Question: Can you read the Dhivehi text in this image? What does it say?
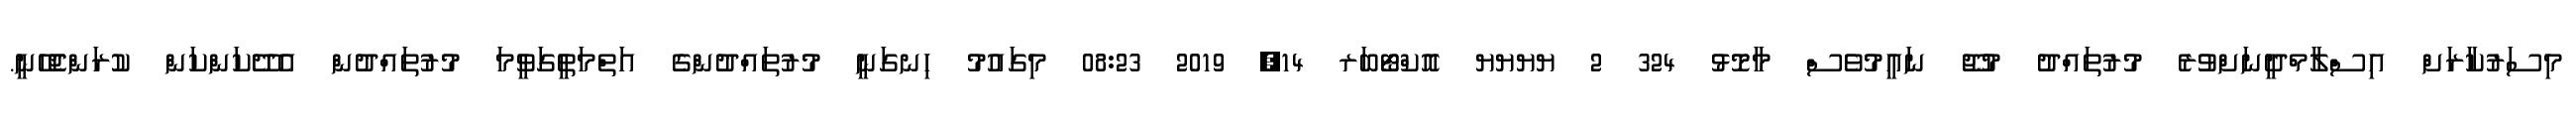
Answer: މިސަރުކާރަށް އިސްލާމްދީނަށްވުރެ މުރުތައްދު މުޖޫ ނައީމުވެސް މާމޮޅު 324 2 ޔޔޔޔ އޮކްޓޯބަރ 14, 2019 08:23 މިގައުމު ހިނގަނީ މުރުތައްދުންގެ އަތްމަތީގަވީމަ މުރުތައްދުން އެދޭކަންކަން ކުރަންޖެހޭނީ.